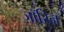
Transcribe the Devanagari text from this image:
ज़ॉरिन